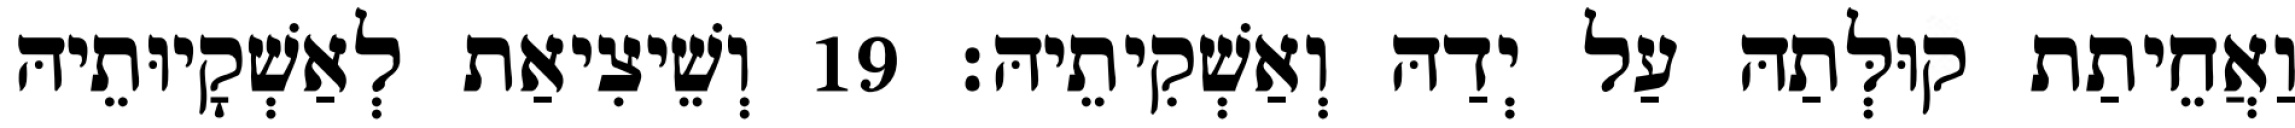
וַאֲחֵיתַת קוּלְּתַהּ עַל יְדַהּ וְאַשְׁקִיתֵיהּ׃ 19 וְשֵׁיצִיאַת לְאַשְׁקָיוּתֵיהּ